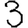
Digit: 3